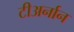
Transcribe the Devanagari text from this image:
टीअर्नान